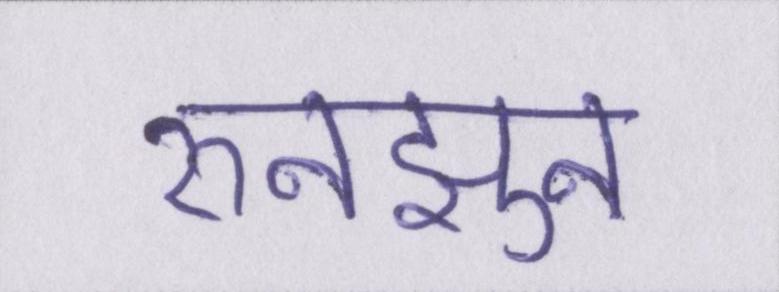
रुनझुन